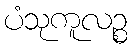
ပံသုကူလဉ္စ